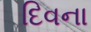
દિવના